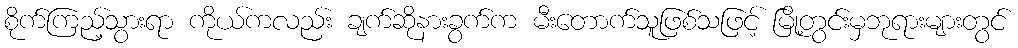
စိုက်ကြည့်သွားရာ ကိုယ်ကလည်း ချက်ဆိုနားခွက်က မီးတောက်သူဖြစ်သဖြင့် မြို့တွင်းမှဘုရားများတွင်